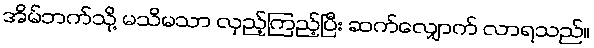
အိမ်ဘက်သို့ မသိမသာ လှည့်ကြည့်ပြီး ဆက်လျှောက် လာရသည်။